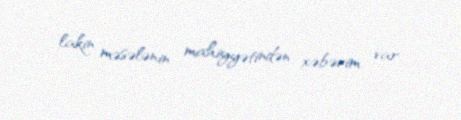
lakin məsələnin mahiyyətindən xəbərim var.